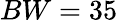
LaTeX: BW=35